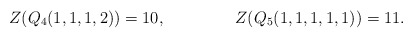
\begin{align*} Z(Q_4(1,1,1,2))&=10,& Z(Q_5(1,1,1,1,1))&=11. \end{align*}